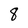
Character: 8